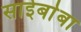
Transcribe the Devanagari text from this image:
साईर्बाबा